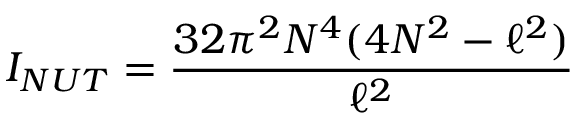
I _ { N U T } = \frac { 3 2 \pi ^ { 2 } N ^ { 4 } ( 4 N ^ { 2 } - \ell ^ { 2 } ) } { \ell ^ { 2 } }